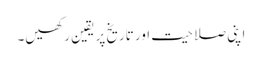
اپنی صلاحیت اور تاریخ پر یقین رکھیں۔